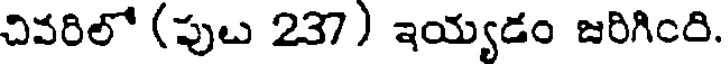
చివరిలో (పుబ 237) ఇయ్యడం జరిగింరి.